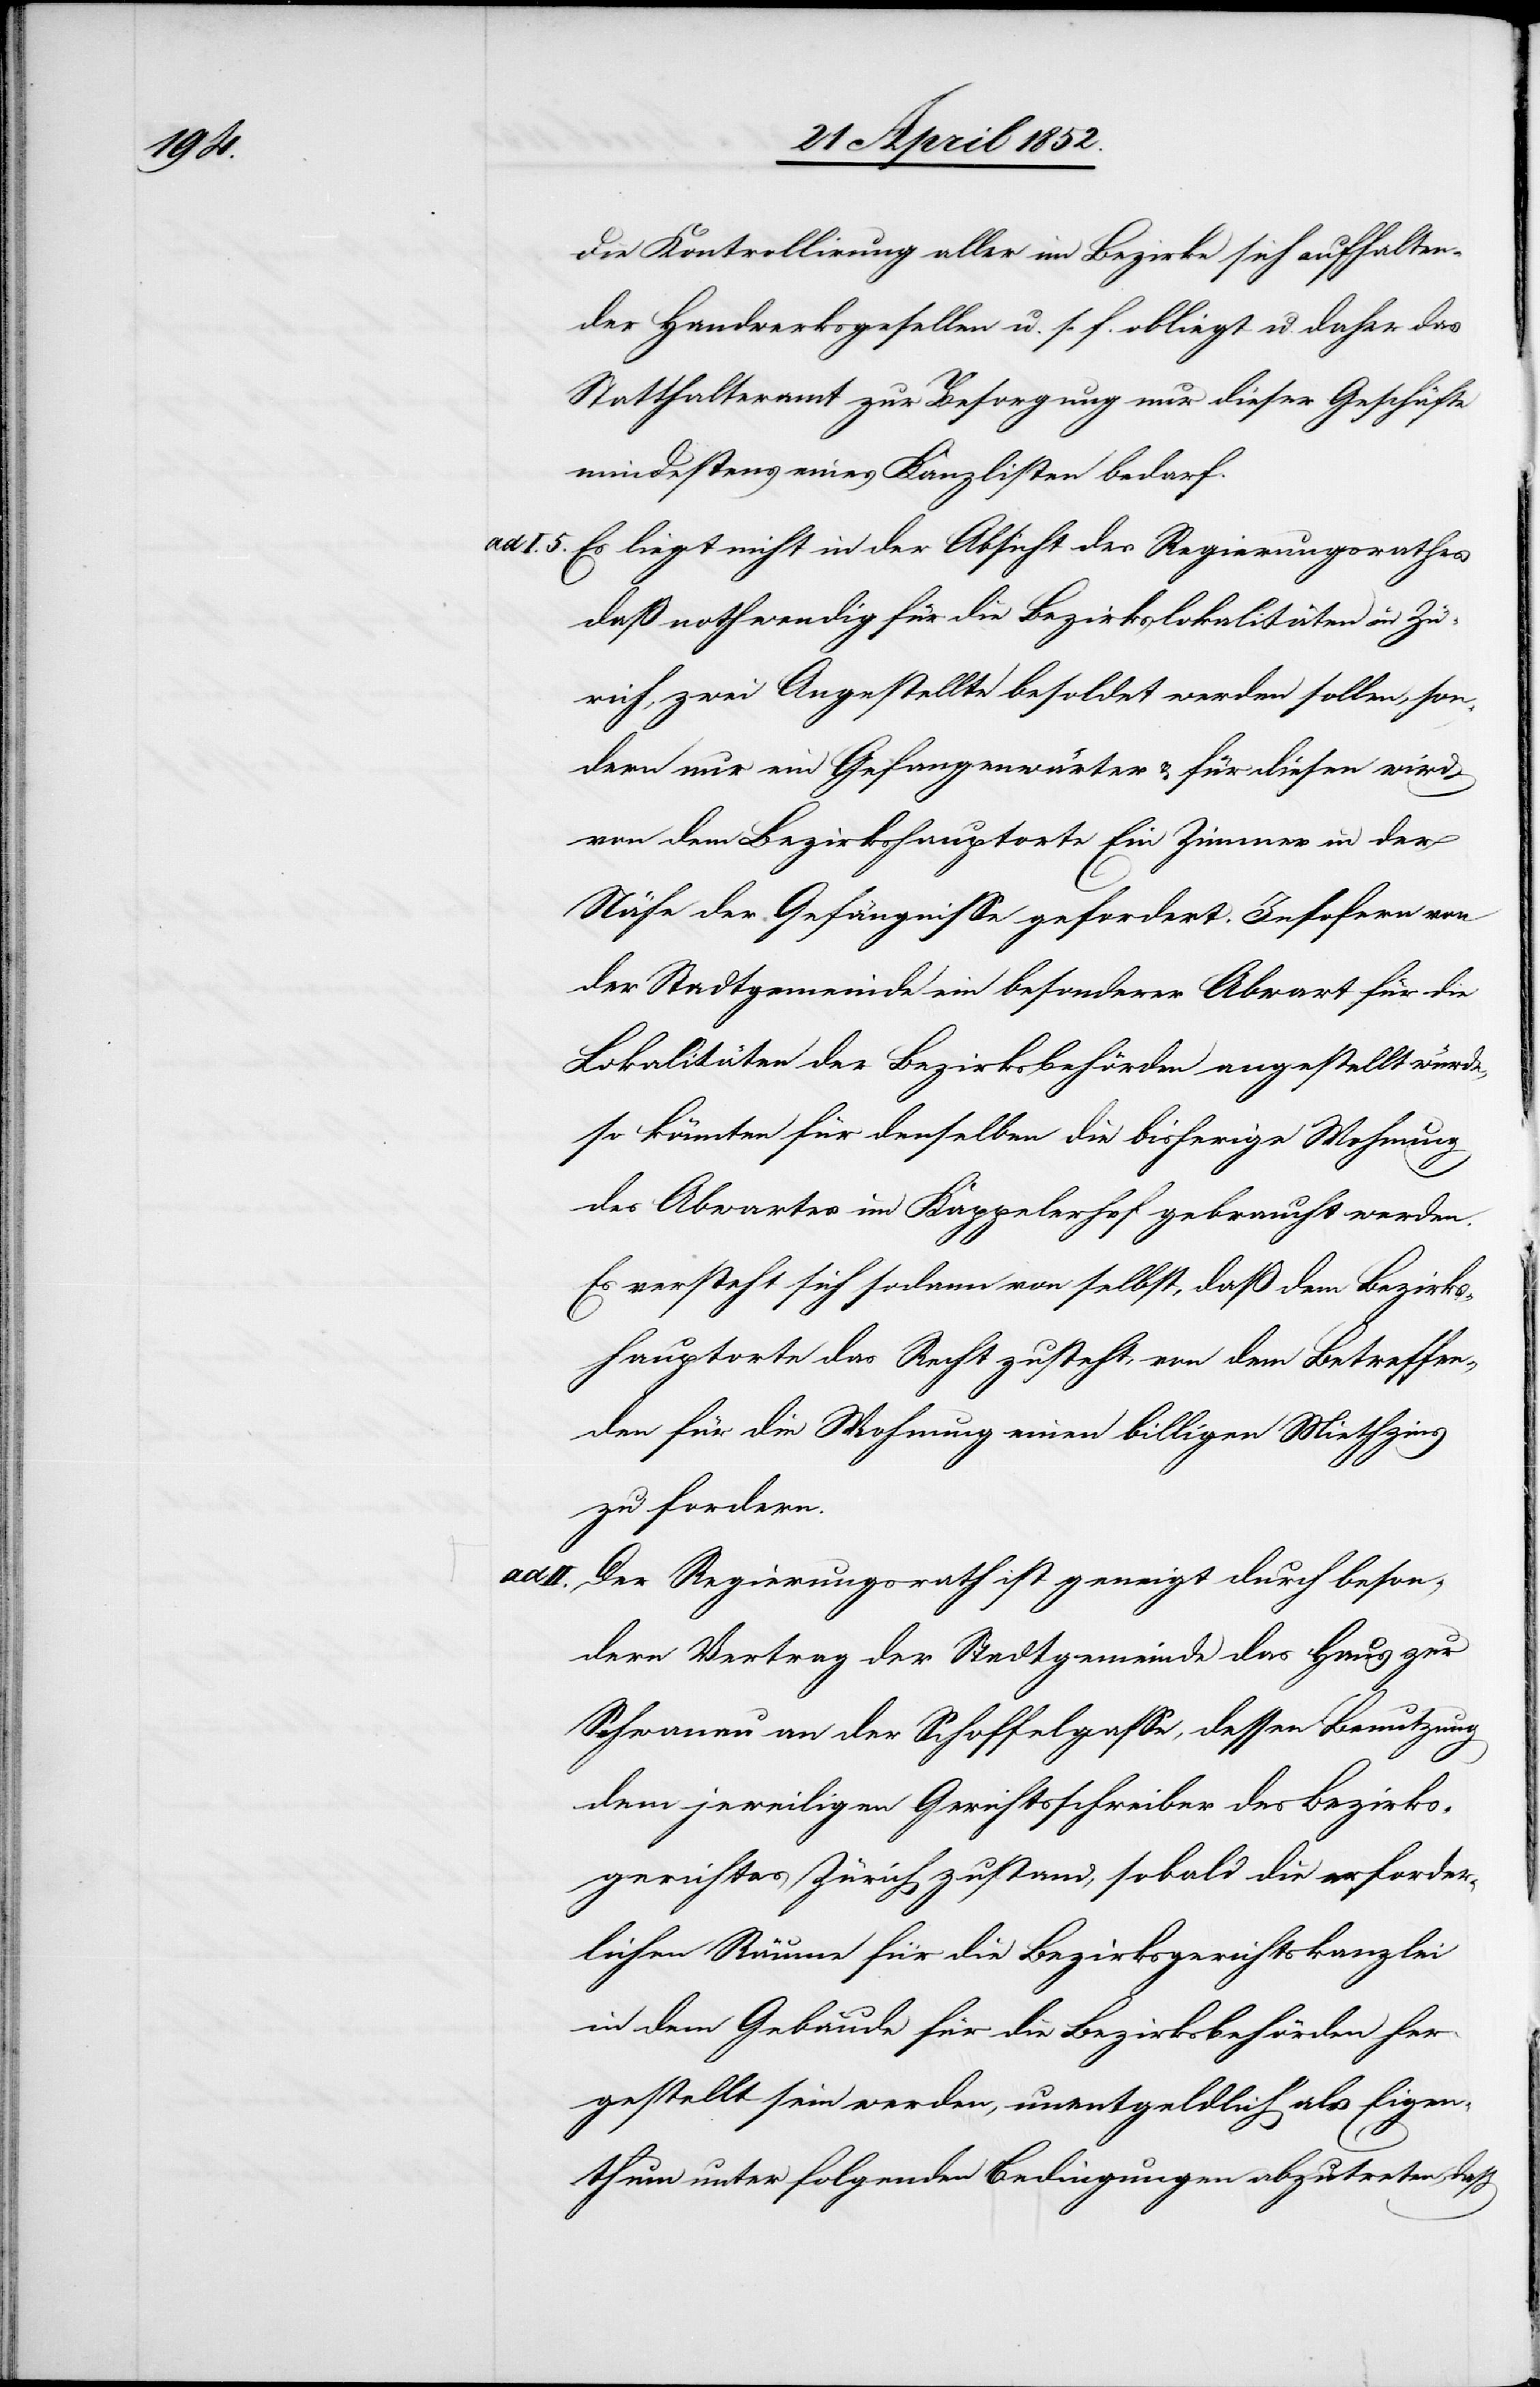
die Kontrollirung aller im Bezirke sich aufhalten¬
der Handwerksgesellen u. s. f. obliegt u. daher das
Statthalteramt zur Besorgung nur dieser Geschäfte
mindestens eines Kanzlisten bedarf.
Es liegt nicht in der Absicht des Regierungsrathes
daß nothwendig für die Bezirkslokalitäten in Zü¬
rich, zwei Angestellte besoldet werden sollen, son¬
dern nur ein Gefangenwärter & für diesen wird
von dem Bezirkshauptorte Ein Zimmer in der
Nähe der Gefängnisse gefordert. Insofern von
der Stadtgemeinde ein besonderer Abwart für die
Lokalitäten der Bezirksbehörden angestellt würde,
[sic!] für denselben die bisherige Wohnung
des Abwartes im Kappelerhof gebraucht werden.
Es versteht sich sodann von selbst, daß dem Bezirks¬
hauptorte das Recht zusteht, von dem Betreffen¬
den für die Wohnung einen billigen Miethzins
zu fordern.
Der Regierungsrath ist geneigt durch beson¬
dern Vertrag der Stadtgemeinde das Haus zur
Schwanau an der Schoffelgasse, dessen Benutzung
5.
dem jeweiligen Gerichtsschreiber des Bezirks¬
gerichtes Zürich zustand, sobald die erforder¬
lichen Räume für die Bezirksgerichtskanzlei
in dem Gebäude für die Bezirksbehörden her¬
gestellt sein werden, unentgeldlich als Eigen¬
thum unter folgenden Bedingungen abzutreten, dass